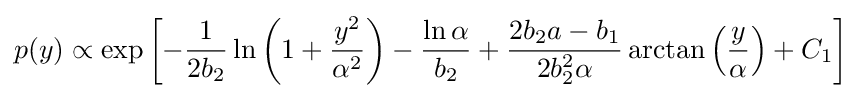
p(y)\propto \exp \left[-{\frac {1}{2b_{2}}}\ln \left(1+{\frac {y^{2}}{\alpha ^{2}}}\right)-{\frac {\ln \alpha }{b_{2}}}+{\frac {2b_{2}a-b_{1}}{2b_{2}^{2}\alpha }}\arctan \left({\frac {y}{\alpha }}\right)+C_{1}\right]